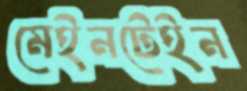
মেইনটেইন